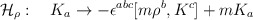
\begin{align*}{\cal H}_\rho:\quad K_a \to - \epsilon^{abc} [m {\rho}^b,K^c] + m K_a\end{align*}